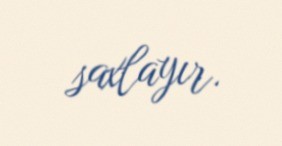
saxlayır.